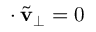
{ \bf \nabla } \cdot \tilde { { \bf v } } _ { \perp } = 0